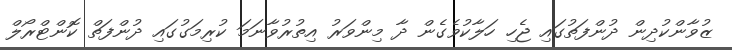
ޒުވާންކުދިން ދުންފަތުގައި ޖެހި ހަލާކުވެގެން ދާ މިންވަރު އިތުރުވާނަމަ ކުރިމަގުގައި ދުންފަތް ކޮންޓްރޯލް